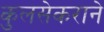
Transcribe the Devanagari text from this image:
कुलसेकराने